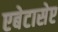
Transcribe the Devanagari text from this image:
एबेटासेप्ट